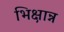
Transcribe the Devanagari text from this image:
भिक्षान्न